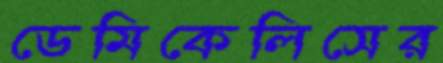
ডেমিকেলিসের